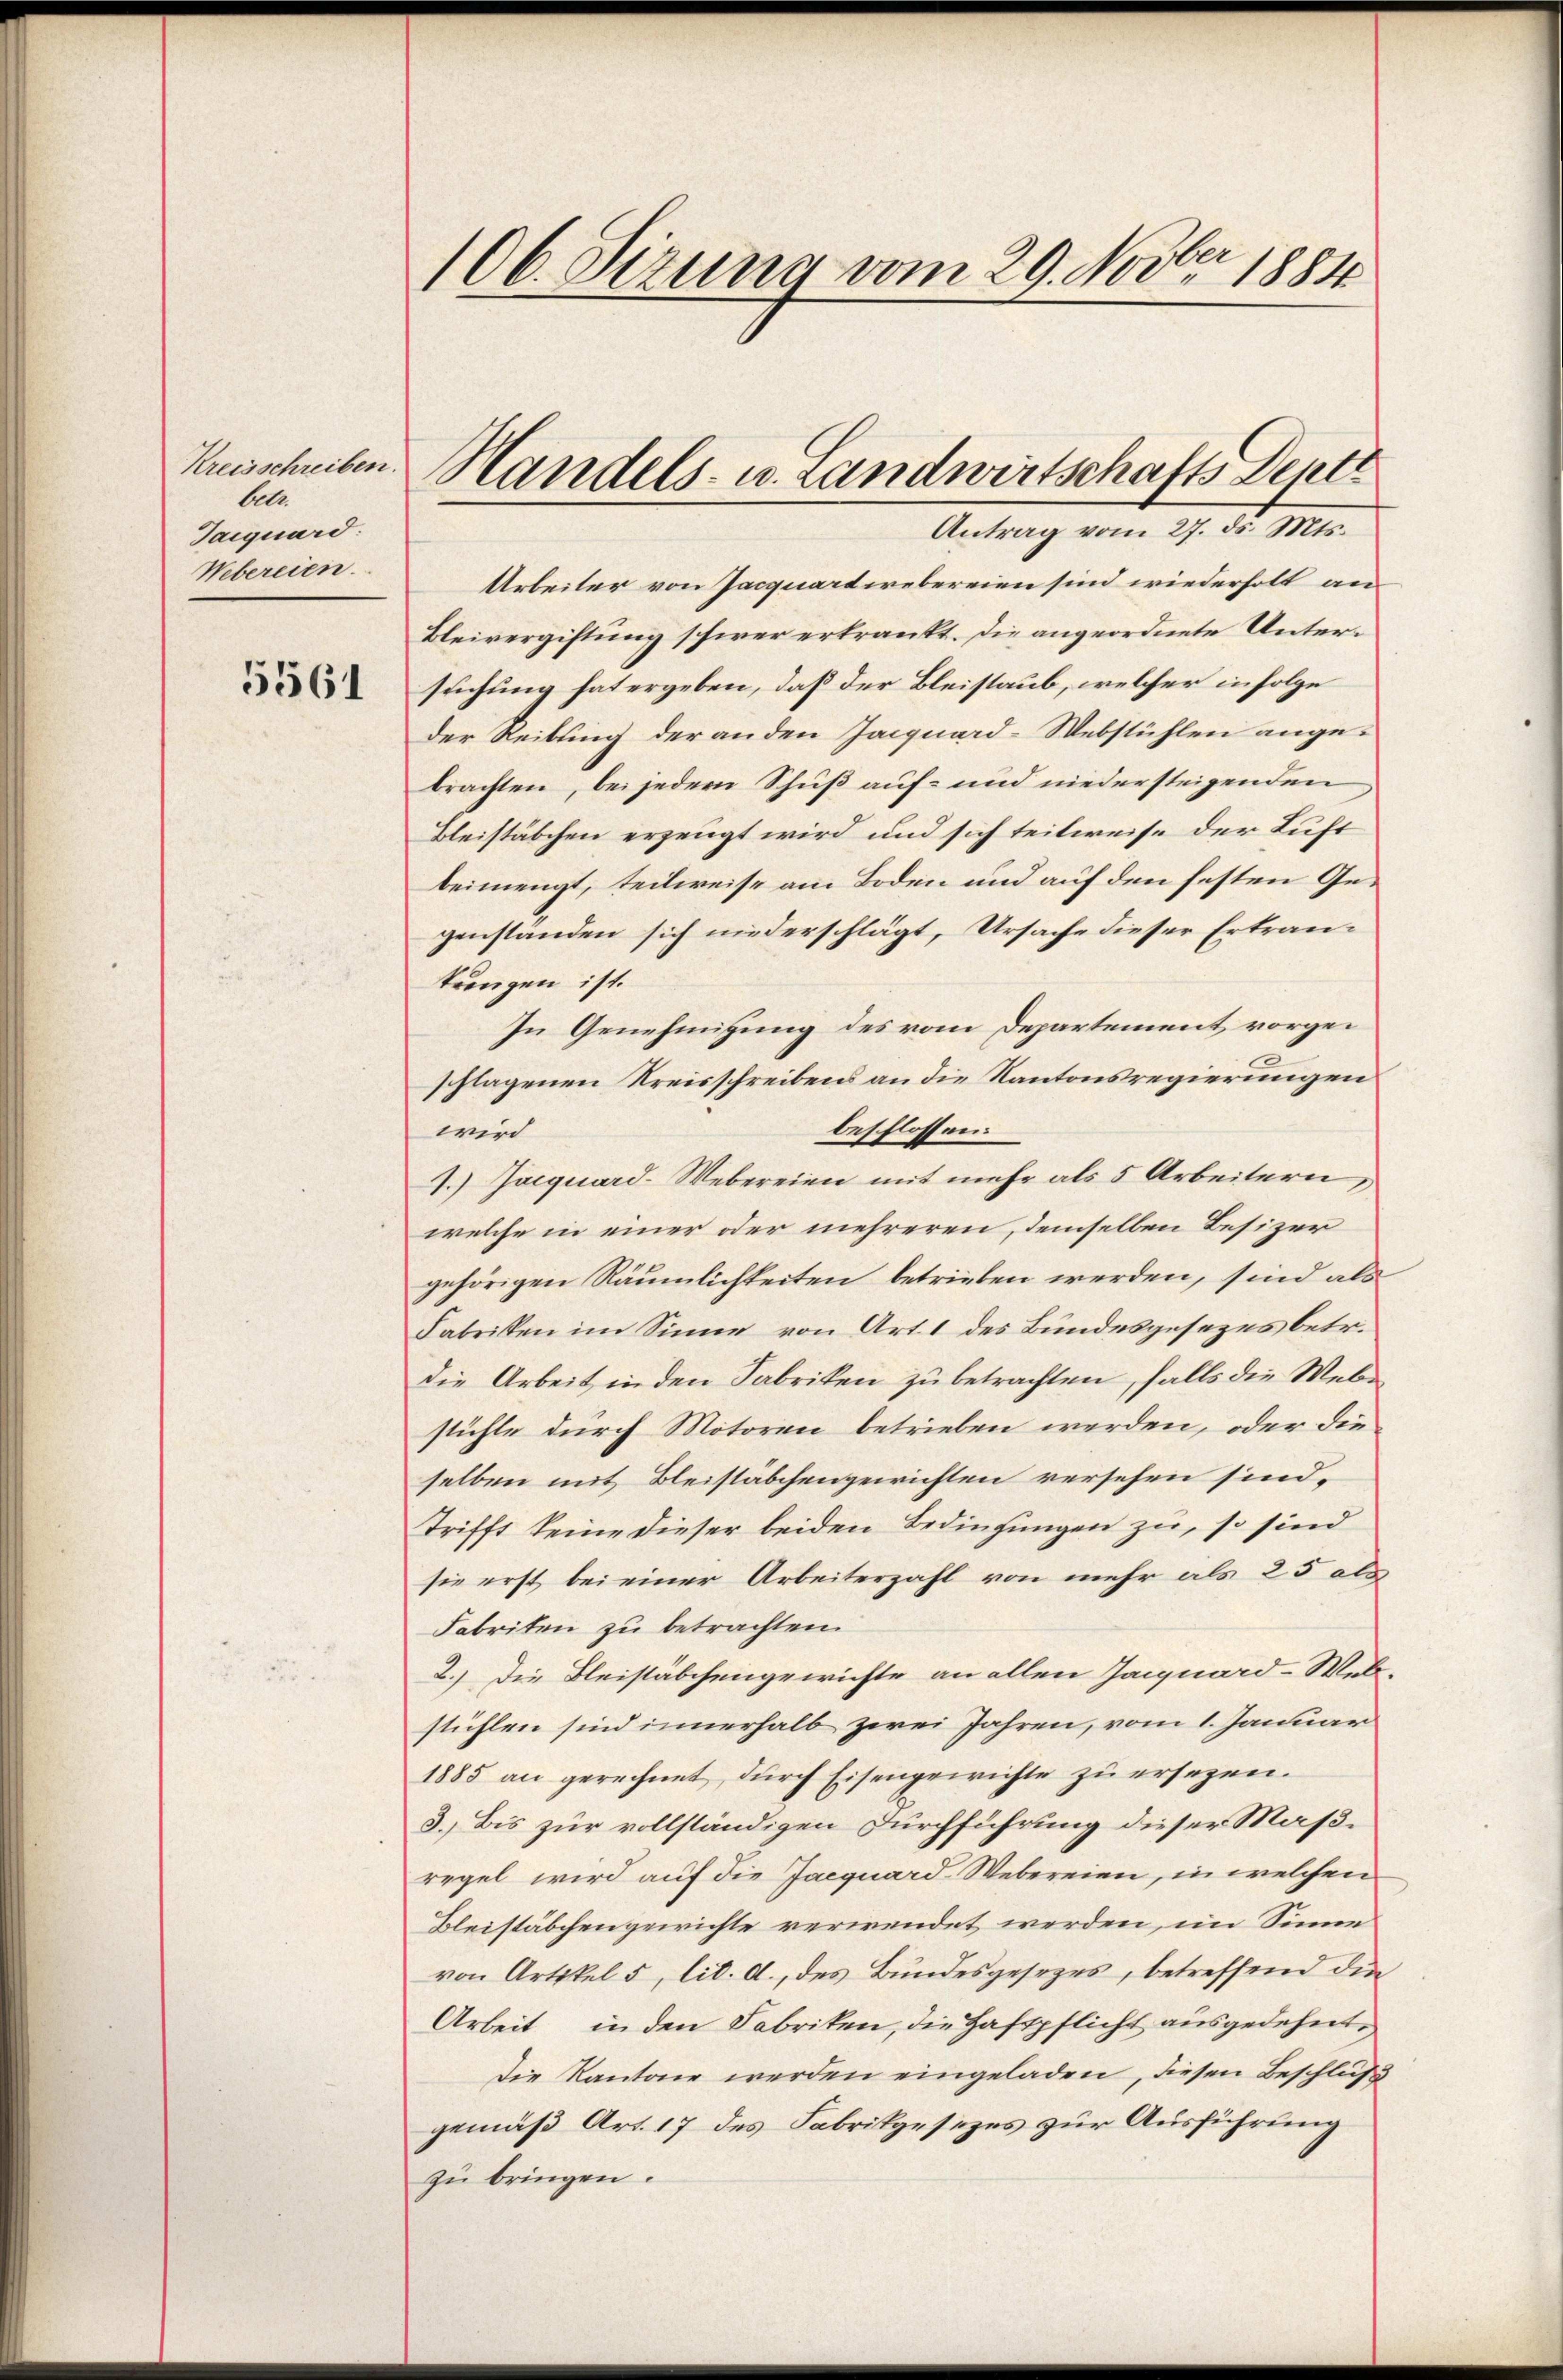
Kreisschreiben.
bele
Taiquard:
Webereien.

5561

106. Sizung vom 29. Novber 1884

Arbeiter von Jacquartiebereien sind wiederholt an
Bleivergiftung schwer erkrankt. Die angeordnete Untersuchung hat ergeben, daß der Bleistaub, welcher infolge
der Reibung der anden Jacquard-Webstühlen angebrachten, bei jeder Schuß auf- und niedersteigenden
Bleistäbchen erzeugt wird und sich teilweise der Luft
beimengt, teilweise am Boden und auf den festen Gegenständen sich niederschlägt, Ursache dieser Ertrautrengen ist.
In Genehmigung des vom Departement vorgeschlagenen Kreisschreibens an die Kantonsregierungen
beschlossen:
wird
4.) Jacquard-Webereien mit mehr als 5 Arbeitern
welche in einer oder mehreren, demselben Besizer
gehörigen Räumlichkeiten betrieben werden, sind als
Fabriken im Sinne von Art. 1 des Bundesgesezes betr.
die Arbeit in den Fabriken zu betrachten, falls die Webstühle durch Motoren betrieben werden, oder die
selben mit Bleistäbchengewichten versehen sind.
trifft keine dieser beiden Bedingungen zu, so sind
sie erst bei einer Arbeiterzahl von mehr als 25 als
Fabriten zu betrachten.
2.) Die Fleistäbchengewichte an allen Jacquard-Welstühlen sind innerhalb zwei Jahren, vom 1. Januar
1885 an gerechnet, durch Eisengewichte zu ersezen.
3. Bis zur vollständigen Durchführung dieser Maßregel wird auf die Jaequard Webereien, in welchen
Bleistäbchengewichte verwendet werden, im Sinne
von Artikel 5 lit. d., des Bundesgesezes, betreffend die
Arbeit in den Fabriken, die Haftpflicht ausgedehnt,
Die Kantone werden eingeladen, diesen Beschluß
gemäß Art. 17 des Fabrikgesezes zur Ausführung
zu bringen.

Handels- u. Landwirtschafts Deptt
Antrag vom 27. ds. Mts.